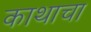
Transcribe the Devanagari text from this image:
काथाचा